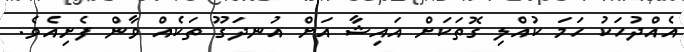
އެއްދުހަކު ހަމަ ކުއްލި ގޮތަކަށް އައިޝާ އަށް އުނދަގޫ ތަކެއް ވާން ފެށިއެވެ.